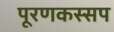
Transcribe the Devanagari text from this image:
पूरणकस्सप